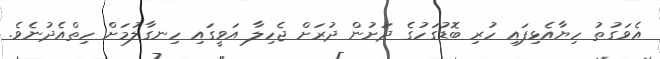
އެވަގުތު ހިޔާއެޅިފައި ހުރި ބޮޑުގަހުގެ ދަށުން ދުރަށް ޖެހިލާ އަވީގައި ހިނގާލުމަށް ހިތްއެދުނެވެ.